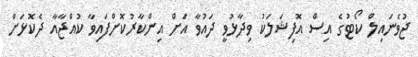
ޖުވެނައިލް ކޯޓުގެ އިސް އޮފިޝަލަކު ވިދާޅުވީ ދައުވާ އަށް އިންކާރުކޮށްފައިވާ ކުއްޖާއާ ދެކޮޅަށް